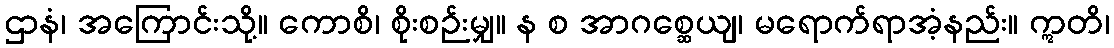
ဌာနံ၊ အကြောင်းသို့။ ကောစိ၊ စိုးစဉ်းမျှ။ န စ အာဂစ္ဆေယျ၊ မရောက်ရာအံ့နည်း။ ဣတိ၊